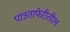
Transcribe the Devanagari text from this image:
पात्रताफेरीतील